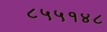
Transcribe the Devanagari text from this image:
८५५१४८